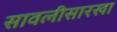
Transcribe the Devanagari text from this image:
सावलीसारखा